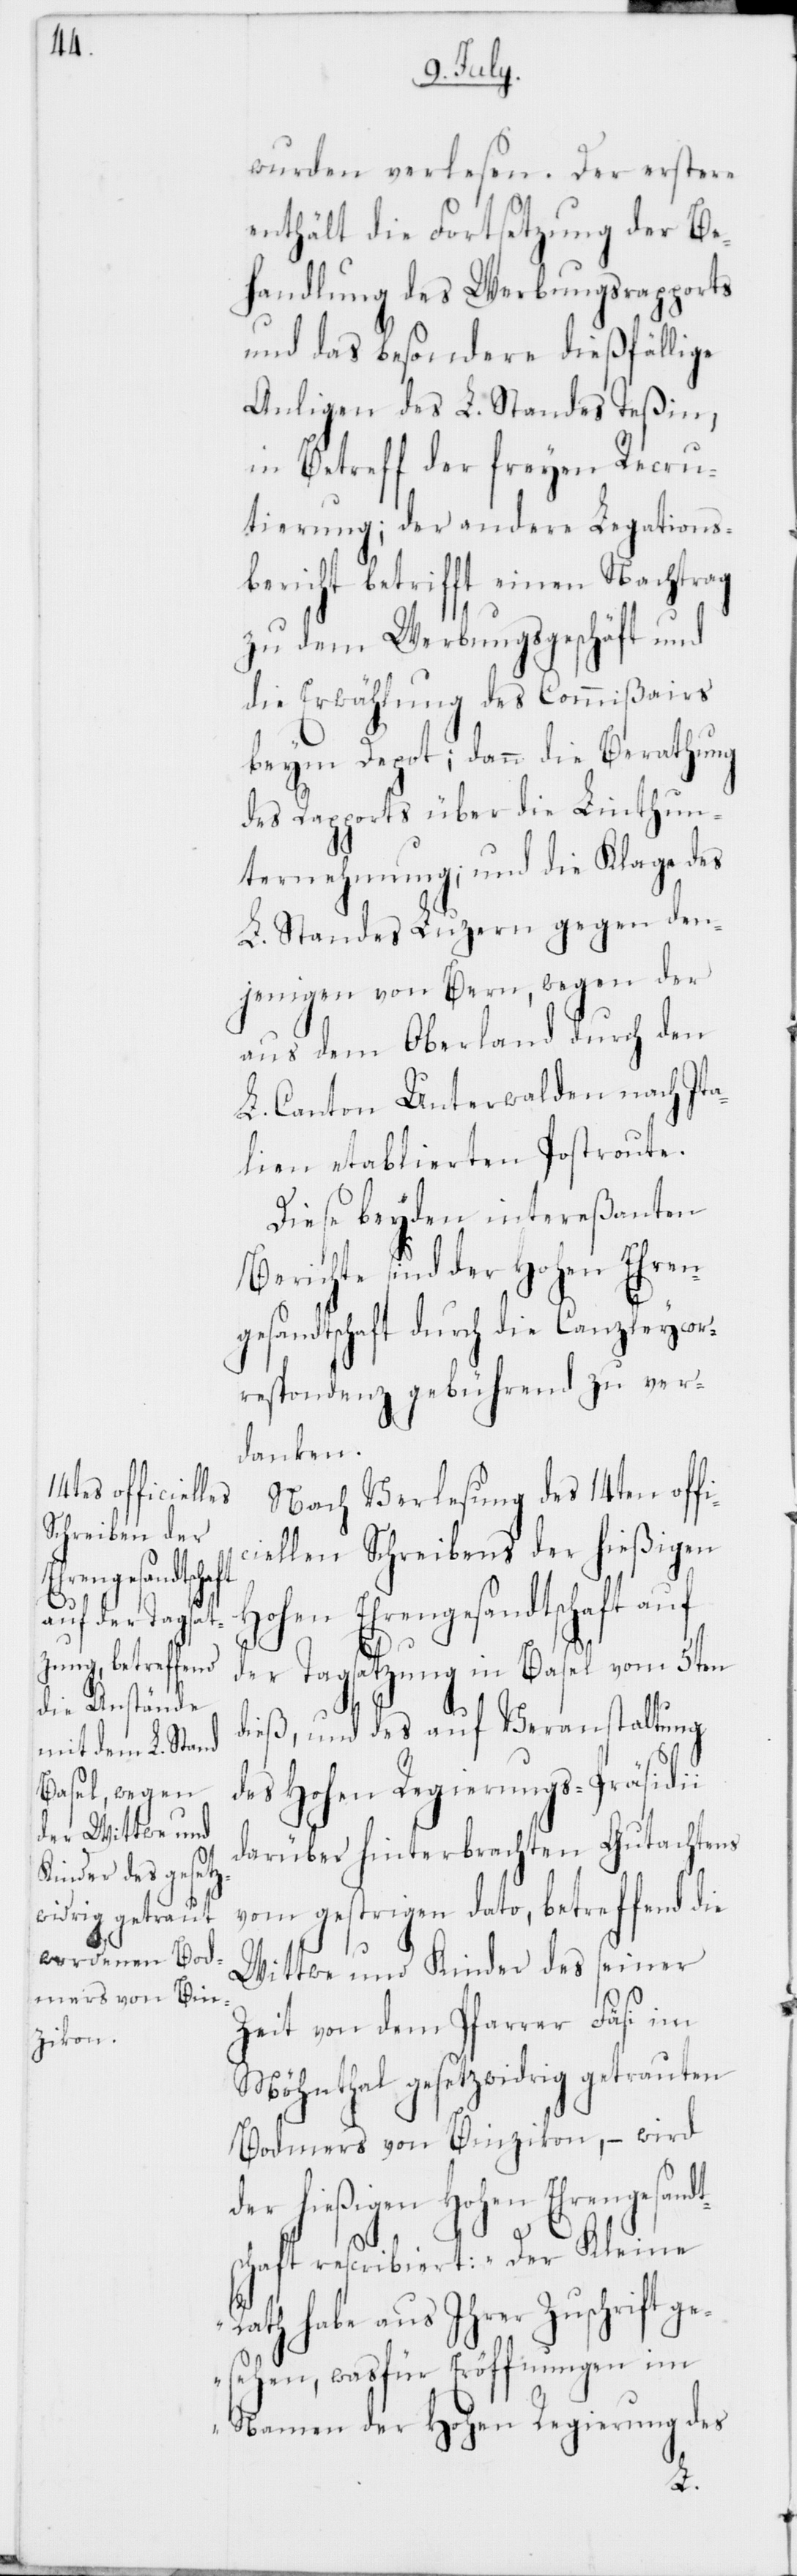
wurden verlesen. Der erstere
enthält die Fortsetzung der Be¬
handlung des Werbungsrapports
und das besondere dießfällige
Anligen des L. Standes Teßin,
in Betreff der freyen Recru¬
tierung; der andere Legations¬
bericht betrifft einen Nachtrag
zu dem Werbungsgeschäft und
die Erwählung des Commißairs
beim Depot; dann die Berathung
des Rapports über die Linthun¬
ternehmung; und die Klage des
L. Standes Luzern gegen den¬
jenigen von Bern, wegen der
aus dem Oberland durch den
L. Canton Unterwalden nach Ita¬
lien etablierten Postroute.
Diese beyden intereßanten
Berichte sind der Hohen Ehren¬
gesandtschaft durch die Canzleycor¬
respondenz gebührend zu ver¬
danken.
Nach Verlesung des 14ten offi¬
ciellen Schreibens der hießigen
Hohen Ehrengesandtschaft auf
der Tagsatzung in Basel vom 5ten
dieß, und des auf Veranstaltung
des Hohen Regierungs-Präsidii
darüber hinterbrachten Gutachtens
vom gestrigen dato, betreffend die
Wittwe und Kinder des seiner
Zeit von dem Pfarrer Fäsi im
Möhnthal gesetzwidrig getrauten
Bodmers von Binzikon, – wird
der hießigen Hohen Ehrengesand¬
tschaft rescribiert: „Der Kleine
Rath habe aus Ihrer Zuschrift ge¬
sehen, was für Eröffnungen im
Namen der Hohen Regierung des